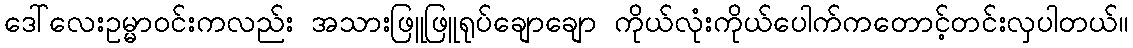
ဒေါ်လေးဥမ္မာဝင်းကလည်း အသားဖြူဖြူရုပ်ချောချော ကိုယ်လုံးကိုယ်ပေါက်ကတောင့်တင်းလှပါတယ်။